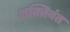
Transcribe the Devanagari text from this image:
शक्तिवंत